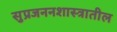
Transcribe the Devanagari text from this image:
सुप्रजननशास्त्रातील